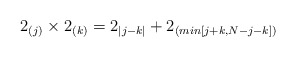
\begin{align*}2_{(j)} \times 2_{(k)} = 2_{|j-k|} + 2_{(min[j+k,N-j-k])}\end{align*}